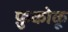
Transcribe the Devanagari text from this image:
फ़ुकोकू